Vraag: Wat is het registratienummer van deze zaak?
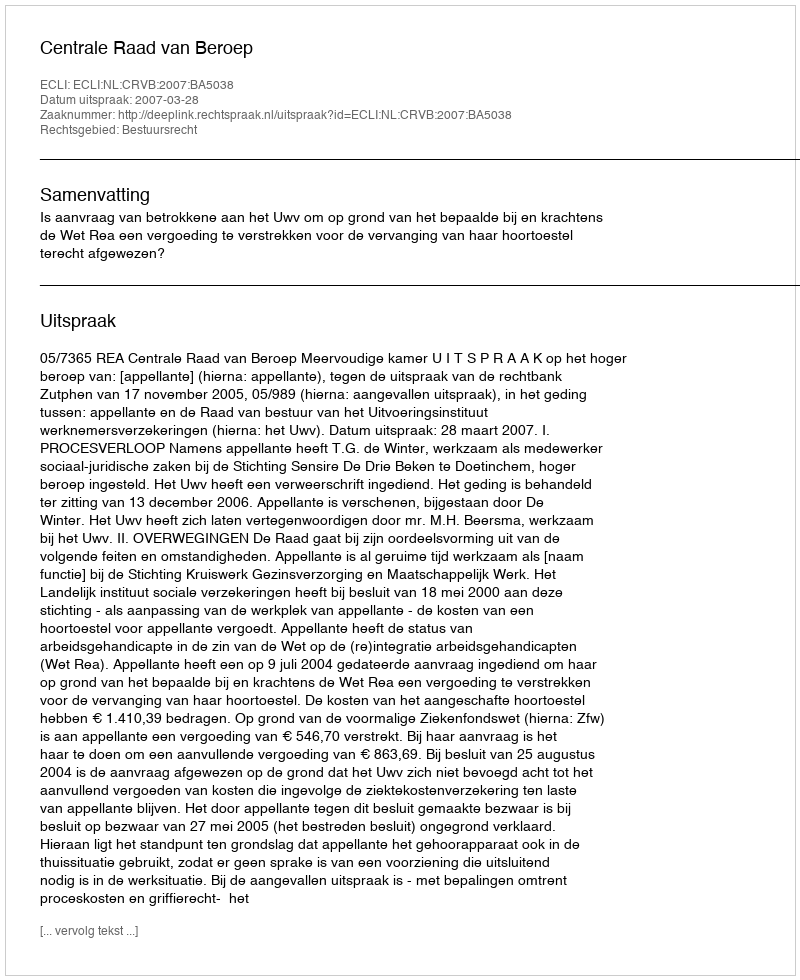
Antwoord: http://deeplink.rechtspraak.nl/uitspraak?id=ECLI:NL:CRVB:2007:BA5038